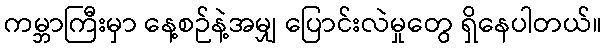
ကမ္ဘာကြီးမှာ နေ့စဉ်နဲ့အမျှ ပြောင်းလဲမှုတွေ ရှိနေပါတယ်။